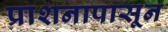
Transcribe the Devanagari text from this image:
प्राशनापासून